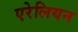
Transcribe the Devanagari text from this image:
एरेलियन